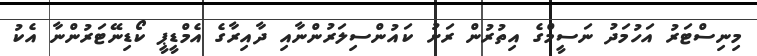
މިނިސްޓަރު އަހުމަދު ނަސީމްގެ އިތުރުން ރަށު ކައުންސިލަރުންނާއި ދާއިރާގެ އެމްޑީޕީ ކޯޑިނޭޓަރުންނާ އެކު